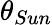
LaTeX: \theta_{Sun}